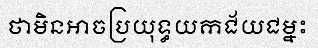
ថាមិនអាចប្រយុទ្ធយកជ័យជម្នះ